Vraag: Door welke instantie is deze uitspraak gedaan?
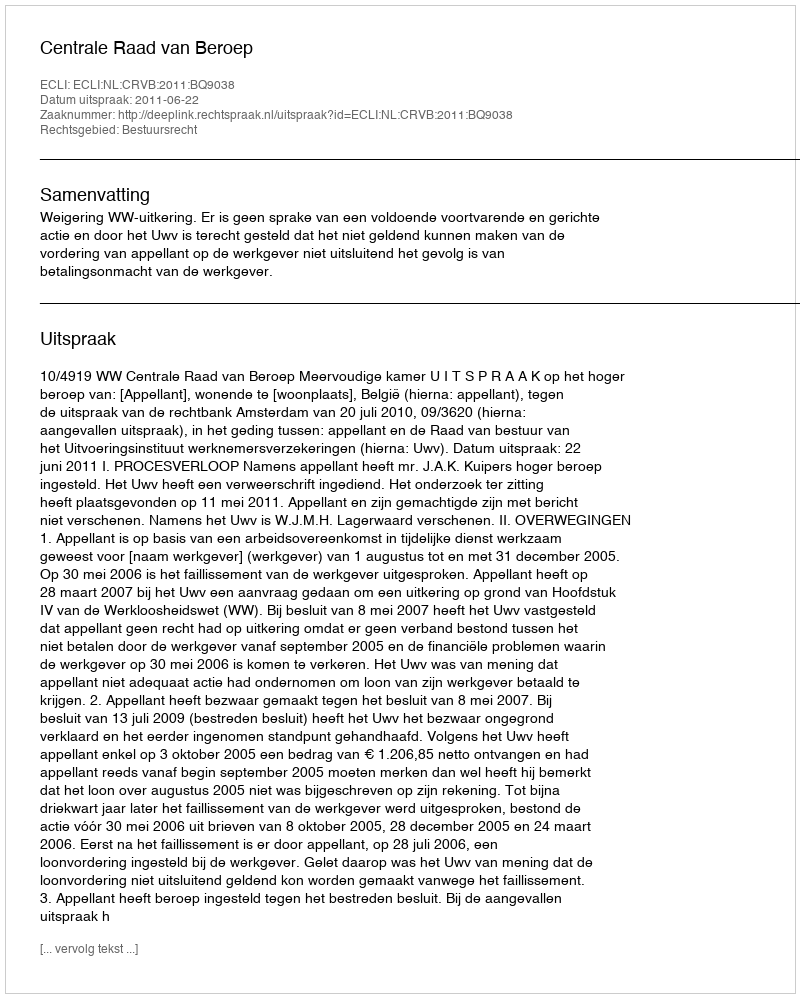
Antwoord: Centrale Raad van Beroep